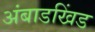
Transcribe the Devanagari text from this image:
अंबाडखिंड